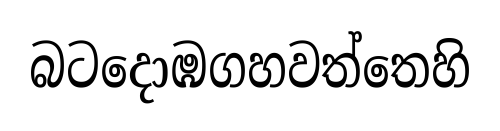
බටදොඹගහවත්තෙහි